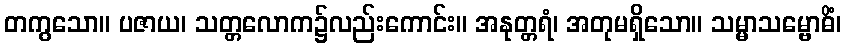
တကွသော။ ပဇာယ၊ သတ္တလောက၌လည်းကောင်း။ အနုတ္တရံ၊ အတုမရှိသော။ သမ္မာသမ္ဗောဓိံ၊